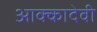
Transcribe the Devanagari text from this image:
आक्कादेवी